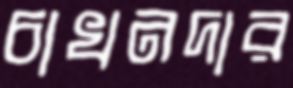
চাখনদার